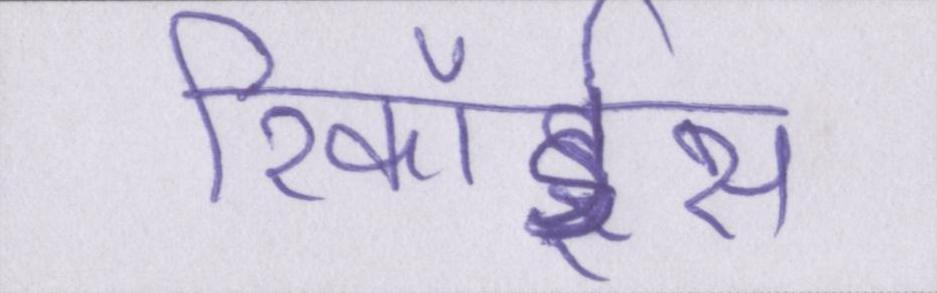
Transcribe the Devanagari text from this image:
रिकॉर्ड्स